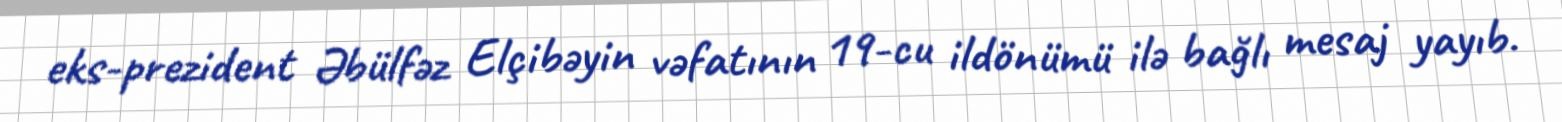
eks-prezident Əbülfəz Elçibəyin vəfatının 19-cu ildönümü ilə bağlı mesaj yayıb.